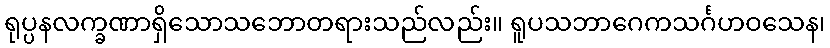
ရုပ္ပနလက္ခဏာရှိသောသဘောတရားသည်လည်း။ ရူပသဘာဂေကသင်္ဂဟဝသေန၊